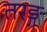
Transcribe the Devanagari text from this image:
तरङ्ग